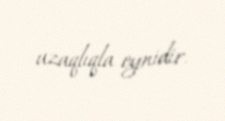
uzaqlıqla eynidir.